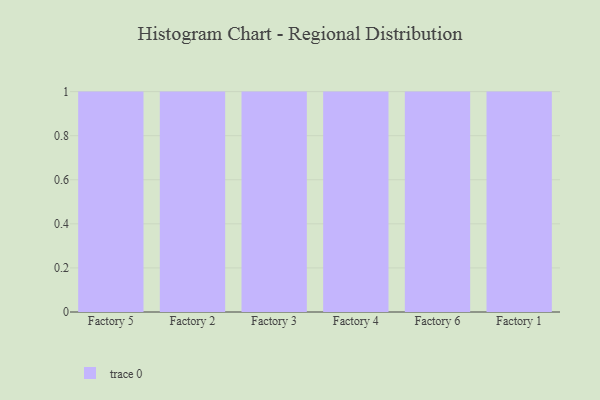
{"axis": {"x": "Factory", "y": "Net Income (USD K)"}, "legend": [""], "data": [{"x": "Factory 5", "y": 36, "type": ""}, {"x": "Factory 2", "y": 78, "type": ""}, {"x": "Factory 3", "y": 33, "type": ""}, {"x": "Factory 4", "y": 90, "type": ""}, {"x": "Factory 6", "y": 27, "type": ""}, {"x": "Factory 1", "y": 23, "type": ""}]}